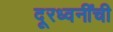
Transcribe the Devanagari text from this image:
दूरध्वनींची